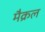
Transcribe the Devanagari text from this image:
मैक्रल